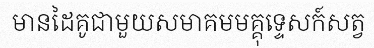
មានដៃគូជាមួយសមាគមមគ្គុទ្ទេសក៍សត្វ